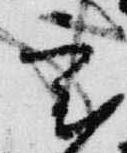
室